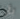
بأن